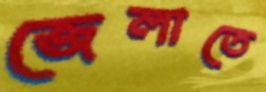
জেলাতে